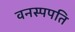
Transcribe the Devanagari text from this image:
वनस्पपति